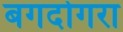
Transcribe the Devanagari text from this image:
बगदोगरा